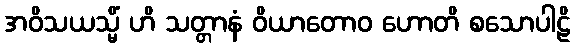
အဝိသယသ္မိံ ဟိ သတ္တာနံ ဝိယာတောဝ ဟောတိ စသောပါဠိ